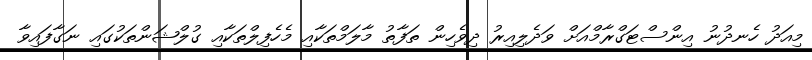
މިއަދު ހެނދުނު އިންސްޓަގްރާމްއަށް ވަދެލިއިރު ދިވެހިން ތަފާތު މާލަމްތަކާއި މެހެފިލްތަކާއި ގުލްޝަންތަކުގައި ނަގާފައިވާ